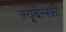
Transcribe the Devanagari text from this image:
ल्यूबेल्स्की